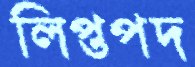
লিপ্তপদ